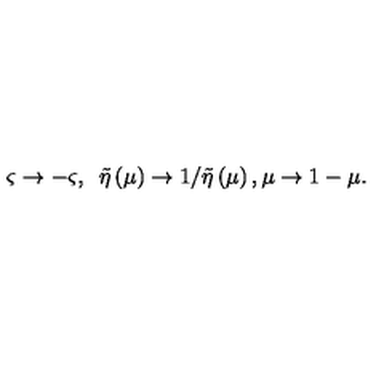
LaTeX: \varsigma \rightarrow - \varsigma , { \LARGE \ } \tilde { \eta } \left( \mu \right) \rightarrow 1 / \tilde { \eta } \left( \mu \right) , \mu \rightarrow 1 - \mu .